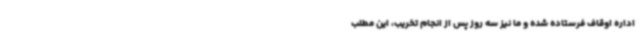
اداره اوقاف فرستاده شده و ما نیز سه روز پس از انجام تخریب، این مطلب